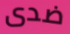
ضدى